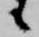
候